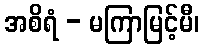
အစိရံ - မကြာမြင့်မီ၊